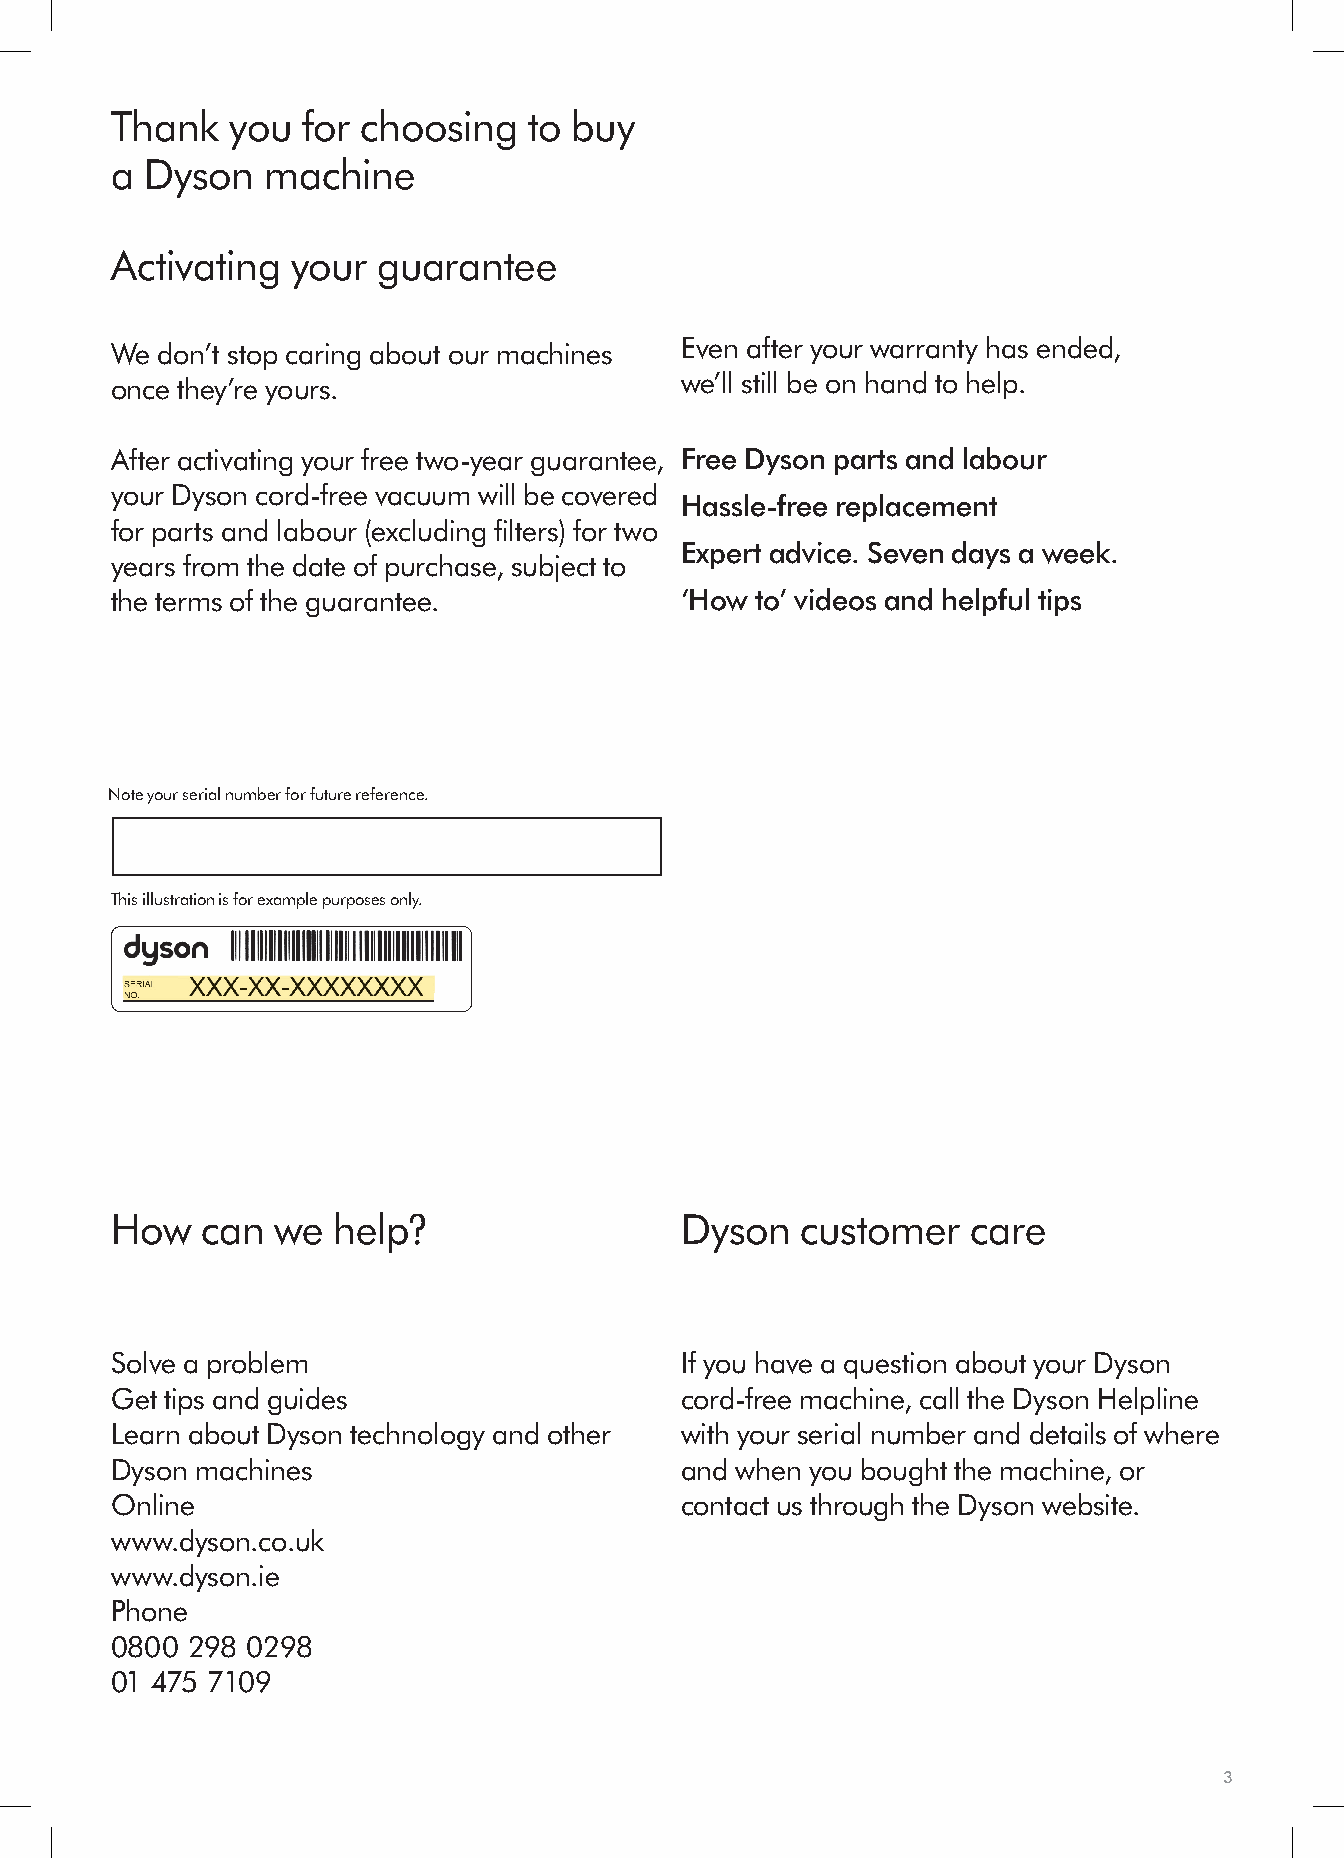
Thank   you  for choosing   to buy
 a  Dyson   machine
 Activating  your  guarantee
 We don’t stop caring about our machines Even after your warranty has ended,
 once they’re yours.                   we’ll still be on hand to help.
 After activating your free two-year guarantee, Free Dyson parts and labour
 your Dyson cord-free vacuum will be covered
 Hassle-free replacement
 for parts and labour (excluding filters) for two
 Expert advice. Seven days a week.
 years from the date of purchase, subject to
 the terms of the guarantee.           ‘How to’ videos and helpful tips
 Note your serial number for future reference.
 This illustration is for example purposes only.
 How   can  we  help?                  Dyson   customer   care
 Solve a problem                       If you have a question about your Dyson
 Get tips and guides                   cord-free machine, call the Dyson Helpline
 Learn about Dyson technology and other with your serial number and details of where
 Dyson machines                        and when you bought the machine, or
 Online                                contact us through the Dyson website.
 www.dyson.co.uk
 www.dyson.ie
 Phone
 0800 298 0298
 01 475 7109
 3